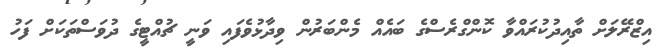
އިޒްރޭލަށް ތާއިދުކުރައްވާ ކޮންގްރެސްގެ ބައެއް މެންބަރުން ވިދާޅުވެފައި ވަނީ ޗުއްޓީގެ ދުވަސްތަކަށް ފަހު